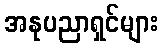
အနုပညာရှင်များ